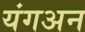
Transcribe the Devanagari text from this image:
यंगअन